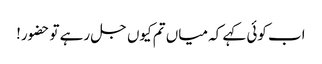
اب کوئی کہے کہ میاں تم کیوں جل رہے تو حضور!